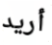
أريد